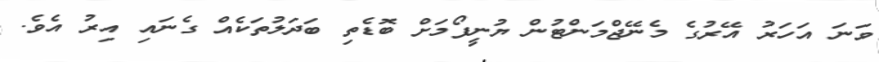
ވަނަ އަހަރު އޭރުގެ މެނޭޖްމަންޓުން ޔުނީފޯމަށް ބޮޑެތި ބަދަލުތަކެއް ގެނައި އިރު އެވެ.